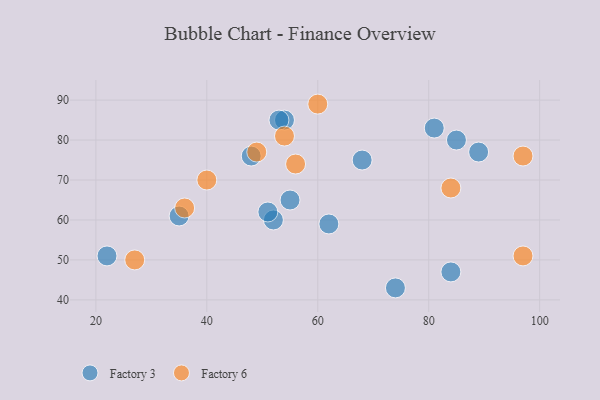
{"axis": {"x": "GDP", "y": "Life Expectancy"}, "legend": ["Factory 3", "Factory 6"], "data": [{"x": "68", "y": 75, "type": "Factory 3"}, {"x": "85", "y": 80, "type": "Factory 3"}, {"x": "81", "y": 83, "type": "Factory 3"}, {"x": "52", "y": 60, "type": "Factory 3"}, {"x": "22", "y": 51, "type": "Factory 3"}, {"x": "51", "y": 62, "type": "Factory 3"}, {"x": "54", "y": 85, "type": "Factory 3"}, {"x": "35", "y": 61, "type": "Factory 3"}, {"x": "62", "y": 59, "type": "Factory 3"}, {"x": "89", "y": 77, "type": "Factory 3"}, {"x": "53", "y": 85, "type": "Factory 3"}, {"x": "55", "y": 65, "type": "Factory 3"}, {"x": "48", "y": 76, "type": "Factory 3"}, {"x": "74", "y": 43, "type": "Factory 3"}, {"x": "84", "y": 47, "type": "Factory 3"}, {"x": "49", "y": 77, "type": "Factory 6"}, {"x": "36", "y": 63, "type": "Factory 6"}, {"x": "27", "y": 50, "type": "Factory 6"}, {"x": "60", "y": 89, "type": "Factory 6"}, {"x": "56", "y": 74, "type": "Factory 6"}, {"x": "40", "y": 70, "type": "Factory 6"}, {"x": "54", "y": 81, "type": "Factory 6"}, {"x": "97", "y": 51, "type": "Factory 6"}, {"x": "97", "y": 76, "type": "Factory 6"}, {"x": "84", "y": 68, "type": "Factory 6"}]}